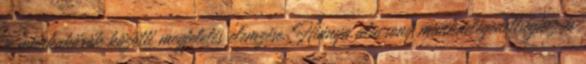
a munkakörök közötti megfelelés elemzése. Hiánya alacsony munkaelégedettséghez és